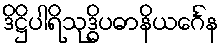
ဒိဋ္ဌိပါရိသုဒ္ဓိပဓာနိယင်္ဂေန